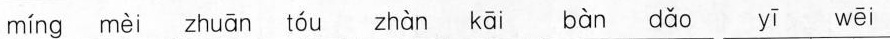
míng mèi zhuān tóu zhàn kāi bàn dǎo yī wēi